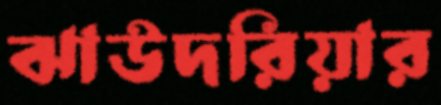
ঝাউদরিয়ার